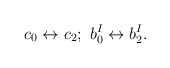
\begin{align*}c_0\leftrightarrow c_2;\ b^I_0\leftrightarrow b^I_2.\end{align*}